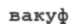
вакуф